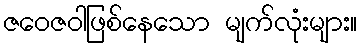
ဇဝေဇဝါဖြစ်နေသော မျက်လုံးများ။